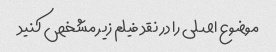
موضوع اصلی را در نقد فیلم زیر مشخص کنید